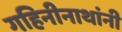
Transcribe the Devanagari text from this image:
गहिनीनाथांनी